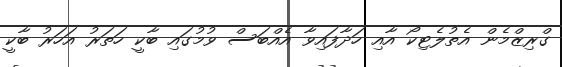
ގްރިޒްމެން އެތުލެޓިކޯ އާއި ހަދާފައިވާ އެއްބަސް ވުމުގައި ބާކީ ހަތަރު އަހަރު ބާކީ